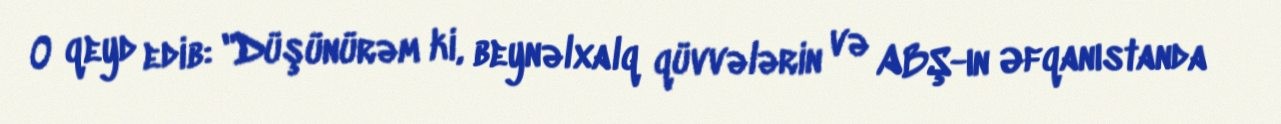
O qeyd edib: "Düşünürəm ki, beynəlxalq qüvvələrin və ABŞ-ın Əfqanıstanda